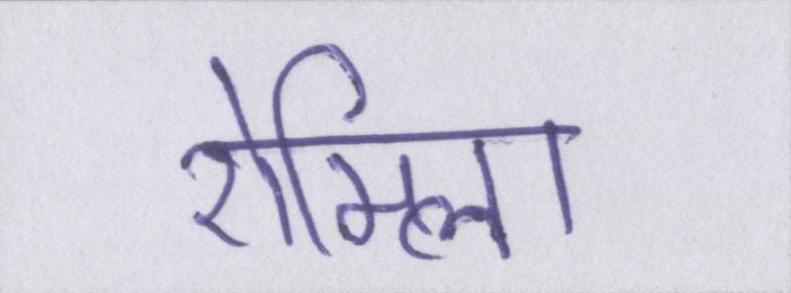
रोमिला